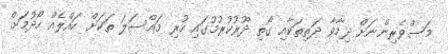
މަސްވެރިންނަށް ދިމާވާ ދަތިތަކާއި ގޯތި ދޫރުކުރުމުގައި ހުރި މައްސަލަ ތަކަށް ހައްލެއް ހޯދުމަށް